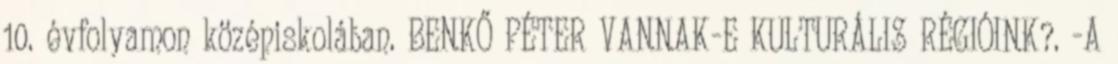
10. évfolyamon középiskolában. BENKŐ PÉTER VANNAK-E KULTURÁLIS RÉGIÓINK?. -A